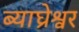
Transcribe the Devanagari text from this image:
ब्याघ्रेश्वर